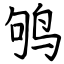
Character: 鸲